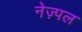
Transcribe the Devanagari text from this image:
नेज़्पल